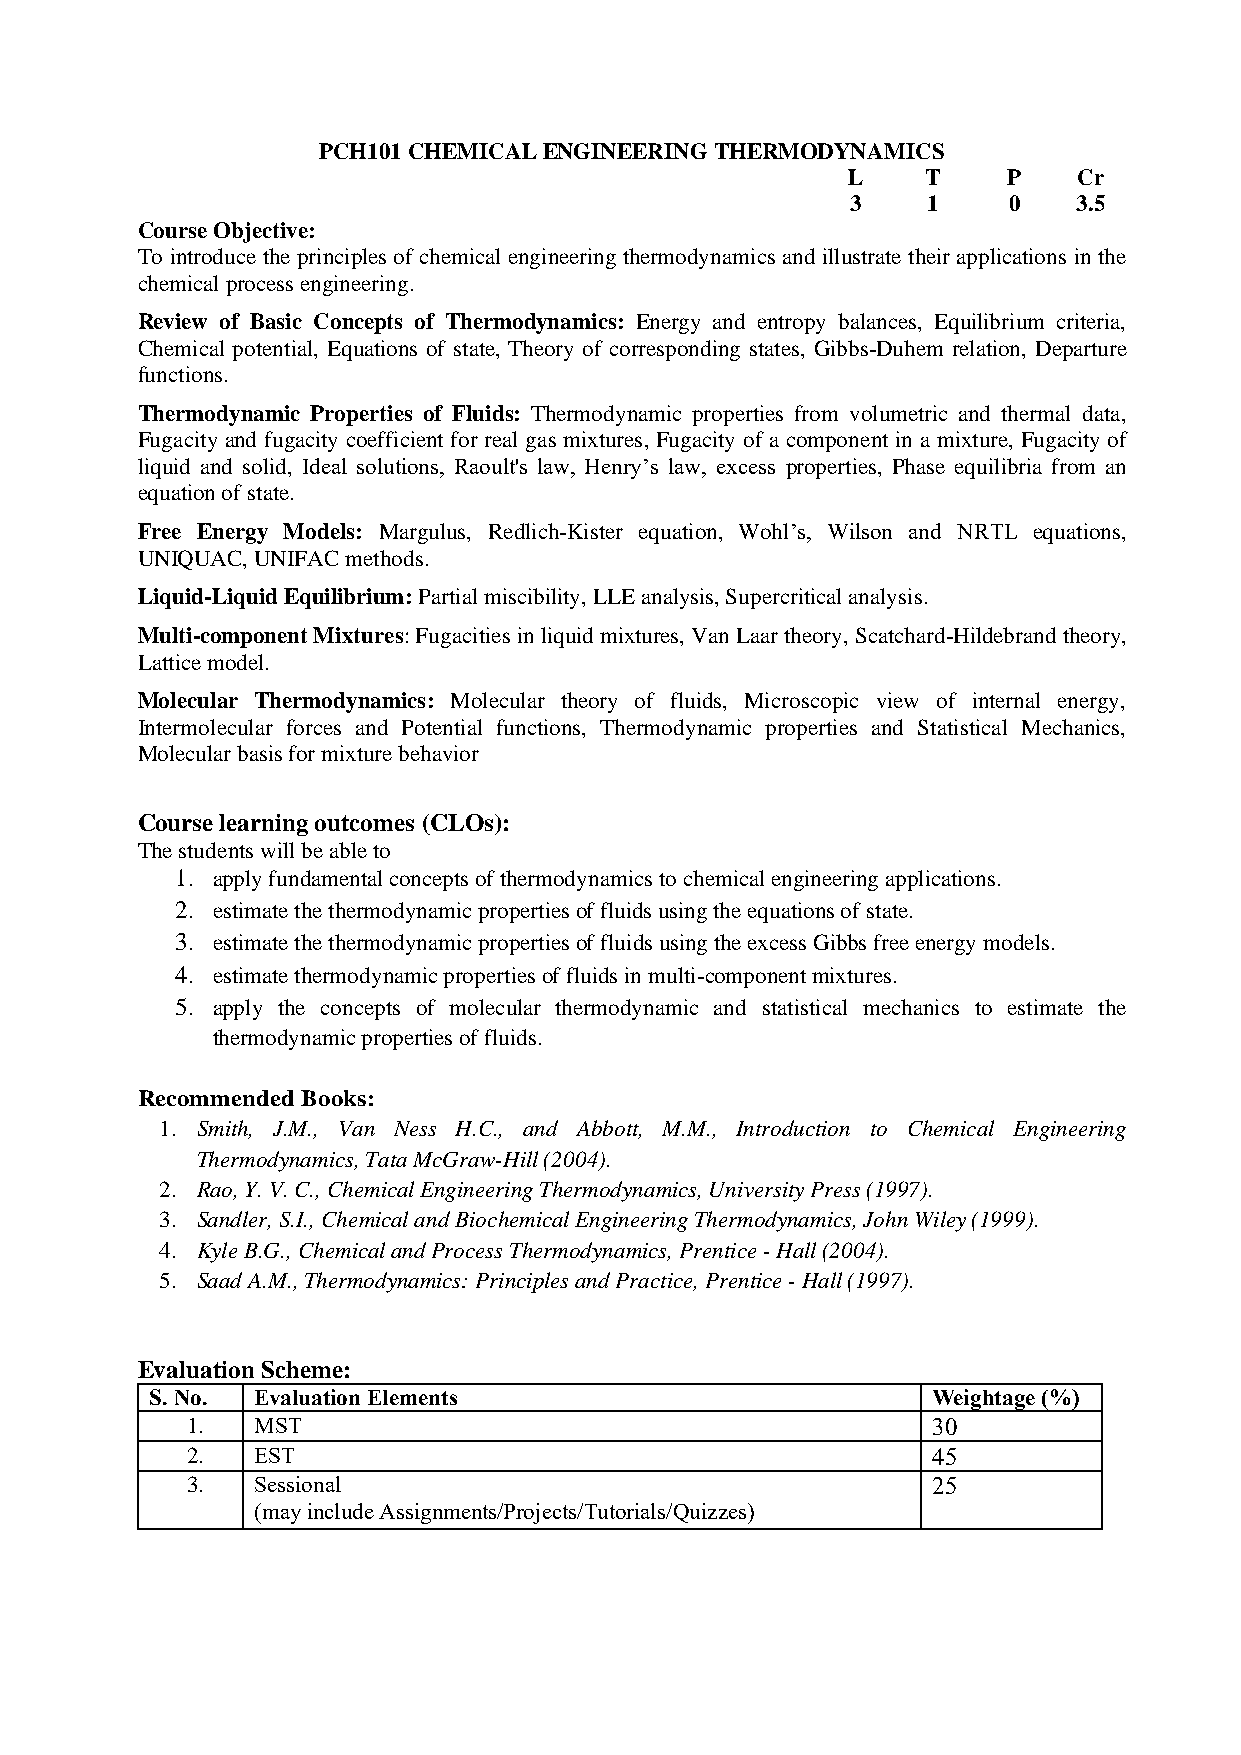
PCH101 CHEMICAL ENGINEERING THERMODYNAMICS
 L    T     P   Cr
 3    1     0   3.5
 Course Objective:
 To introduce the principles of chemical engineering thermodynamics and illustrate their applications in the
 chemical process engineering.
 Review of Basic Concepts of Thermodynamics: Energy and entropy balances, Equilibrium criteria,
 Chemical potential, Equations of state, Theory of corresponding states, Gibbs-Duhem relation, Departure
 functions.
 Thermodynamic Properties of Fluids: Thermodynamic properties from volumetric and thermal data,
 Fugacity and fugacity coefficient for real gas mixtures, Fugacity of a component in a mixture, Fugacity of
 liquid and solid, Ideal solutions, Raoult's law, Henry’s law, excess properties, Phase equilibria from an
 equation of state.
 Free Energy Models: Margulus, Redlich-Kister equation, Wohl’s, Wilson and NRTL equations,
 UNIQUAC, UNIFAC methods.
 Liquid-Liquid Equilibrium: Partial miscibility, LLE analysis, Supercritical analysis.
 Multi-component Mixtures: Fugacities in liquid mixtures, Van Laar theory, Scatchard-Hildebrand theory,
 Lattice model.
 Molecular Thermodynamics: Molecular theory of fluids, Microscopic view of internal energy,
 Intermolecular forces and Potential functions, Thermodynamic properties and Statistical Mechanics,
 Molecular basis for mixture behavior
 Course learning outcomes (CLOs):
 The students will be able to
 1. apply fundamental concepts of thermodynamics to chemical engineering applications.
 2. estimate the thermodynamic properties of fluids using the equations of state.
 3. estimate the thermodynamic properties of fluids using the excess Gibbs free energy models.
 4. estimate thermodynamic properties of fluids in multi-component mixtures.
 5. apply the concepts of molecular thermodynamic and statistical mechanics to estimate the
 thermodynamic properties of fluids.
 Recommended Books:
 1. Smith, J.M., Van Ness H.C., and Abbott, M.M., Introduction to Chemical Engineering
 Thermodynamics, Tata McGraw-Hill (2004).
 2. Rao, Y. V. C., Chemical Engineering Thermodynamics, University Press (1997).
 3. Sandler, S.I., Chemical and Biochemical Engineering Thermodynamics, John Wiley (1999).
 4. Kyle B.G., Chemical and Process Thermodynamics, Prentice - Hall (2004).
 5. Saad A.M., Thermodynamics: Principles and Practice, Prentice - Hall (1997).
 Evaluation Scheme:
 S. No. Evaluation Elements                          Weightage (%)
 1.   MST                                          30
 2.   EST                                          45
 3.   Sessional                                    25
 (may include Assignments/Projects/Tutorials/Quizzes)